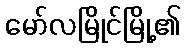
မော်လမြိုင်မြို့၏